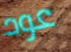
عود